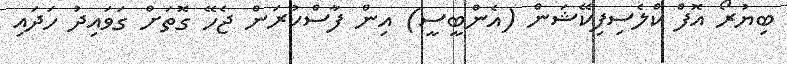
ބިޔުރޯ އޮފް ކްލެސިފިކޭޝަން (އެންބީސީ) އިން ފާސްކުރަން ޖެހޭ ގޮތަށް ގަވައިދު ހަދައި